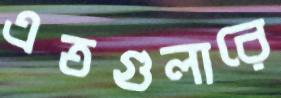
এতগুলারে